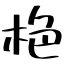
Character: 栬